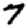
Digit: 7